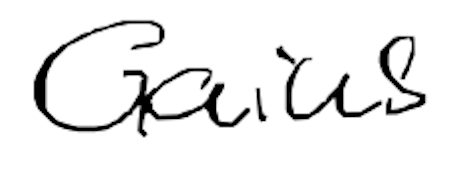
Text: Gaius
Cross-out: clean
Writing tool: digital_black